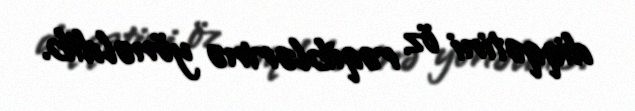
diqqətini öz rəqiblərinə yönəldib.